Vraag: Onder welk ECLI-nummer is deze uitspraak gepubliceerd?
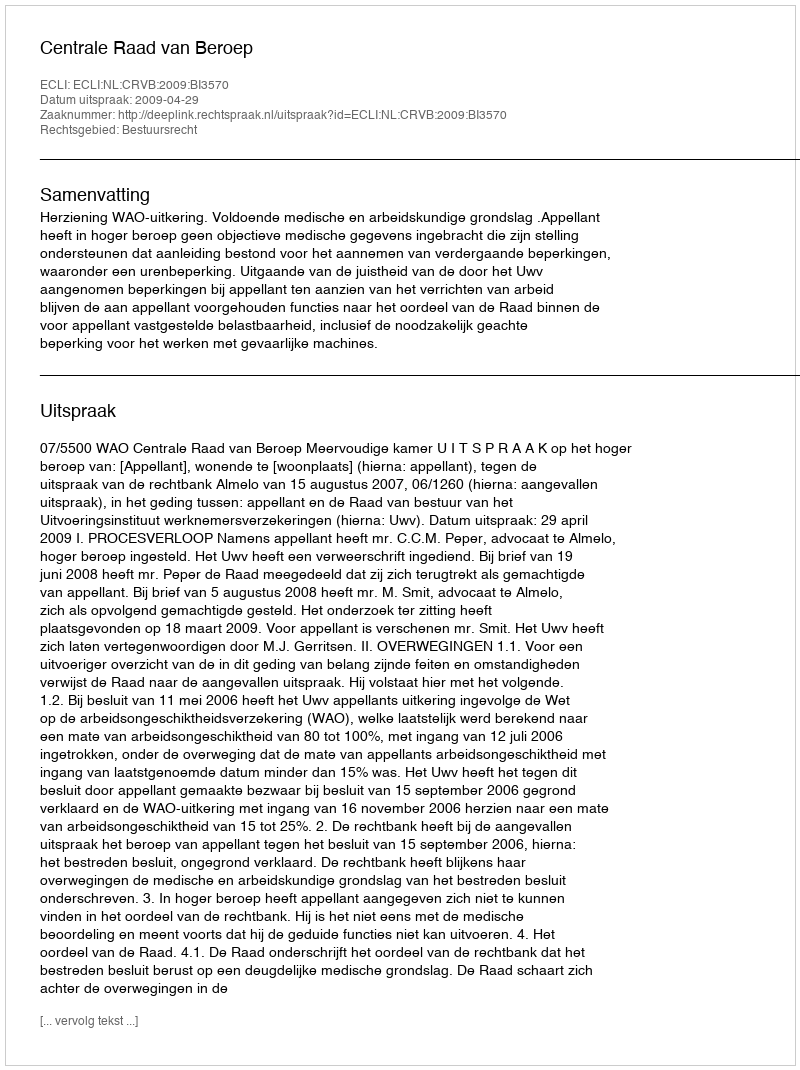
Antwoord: ECLI:NL:CRVB:2009:BI3570